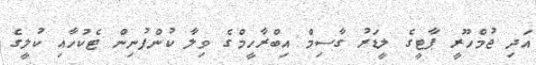
އަދި ޖުމްހޫރީ ޕާޓީގެ ލީޑަރު ގާސިމް އިބްރާހީމްގެ ވިލާ ކުންފުނިން ޓެކުހާއި ކުލީގެ